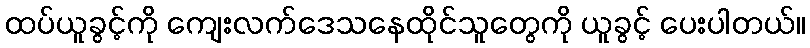
ထပ်ယူခွင့်ကို ကျေးလက်ဒေသနေထိုင်သူတွေကို ယူခွင့် ပေးပါတယ်။